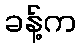
ခန့်က